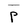
Character: P